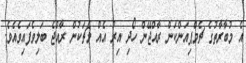
އެ މުބާރާތުގެ ޗެމްޕިއަންކަން ރާއްޖޭން ހޯދި އިރު އެއް މެޗަކުން ރާއްޖެ ބަލިވެފައިވެއެވެ.